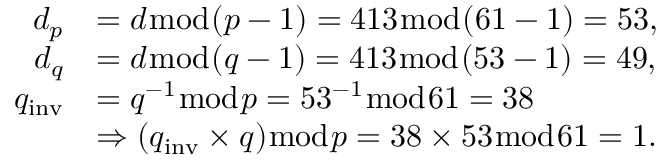
{ \begin{array} { r l } { d _ { p } } & { = d { \bmod { ( } } p - 1 ) = 4 1 3 { \bmod { ( } } 6 1 - 1 ) = 5 3 , } \\ { d _ { q } } & { = d { \bmod { ( } } q - 1 ) = 4 1 3 { \bmod { ( } } 5 3 - 1 ) = 4 9 , } \\ { q _ { \mathrm { i n v } } } & { = q ^ { - 1 } { \bmod { p } } = 5 3 ^ { - 1 } { \bmod { 6 } } 1 = 3 8 } \\ & { \Rightarrow ( q _ { \mathrm { i n v } } \times q ) { \bmod { p } } = 3 8 \times 5 3 { \bmod { 6 } } 1 = 1 . } \end{array} }